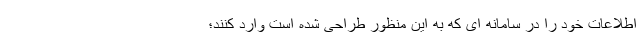
اطلاعات خود را در سامانه ای که به این منظور طراحی شده است وارد کنند؛